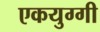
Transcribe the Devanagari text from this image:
एकयुग्गी